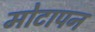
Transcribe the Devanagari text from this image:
मोटापन